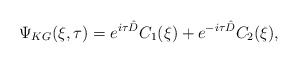
\begin{align*}\Psi_{KG}(\xi, \tau) = e^{i\tau\hat{D}} C_{1}(\xi) + e^{-i\tau\hat{D}} C_{2}(\xi),\end{align*}